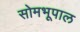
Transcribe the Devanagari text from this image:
सोमभूपाल